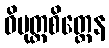
ဝိမုတ္တစိတ္တေန